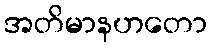
အတိမာနဟတော